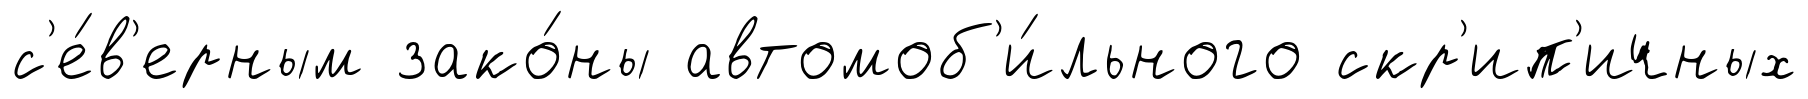
с'е́в'ерным зако́ны автомоб'и́льного скр'ип'ичных